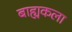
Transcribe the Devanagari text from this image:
बाह्यकला